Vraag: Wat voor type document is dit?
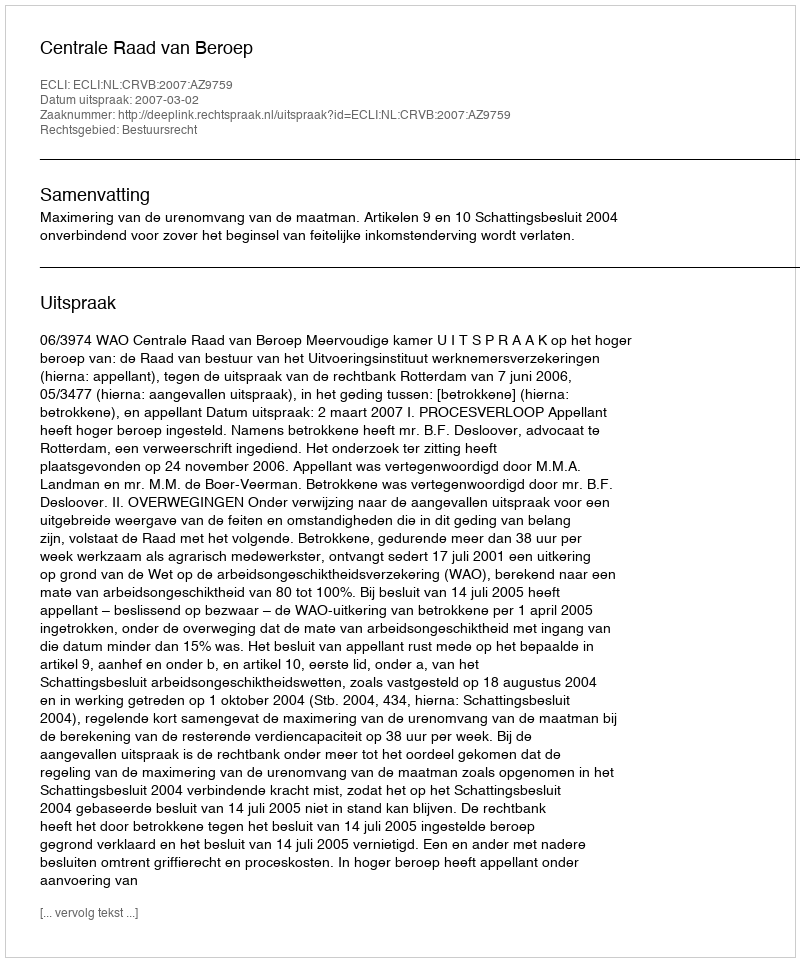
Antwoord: Uitspraak